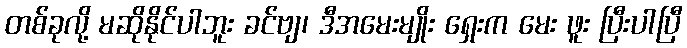
တစ်ခုလို့ မဆိုနိုင်ပါဘူး ခင်ဗျ၊ ဒီအမေးမျိုး ရှေးက မေး ဖူး ပြီးပါပြီ